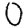
Digit: 0